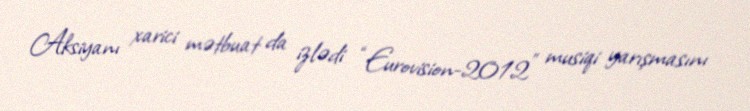
Aksiyanı xarici mətbuat da izlədi “Eurovision-2012" musiqi yarışmasını